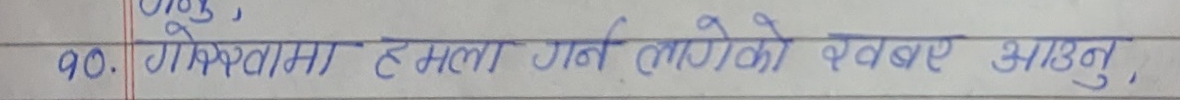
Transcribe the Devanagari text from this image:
१०. गोप्रमा हमला गर्न लागेको खबर आउनु,